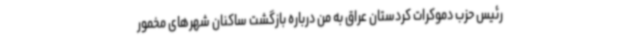
رئیس حزب دموکرات کردستان عراق به من درباره بازگشت ساکنان شهرهای مخمور